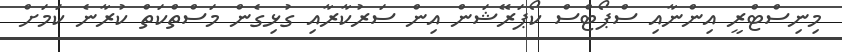
މިނިސްޓްރީ އިންނާއި ސްޕޯޓްސް ކޯޕަރޭޝަން އިން ސަރުކާރާއި ގުޅިގެން މަސްތްކަތް ކުރާނެ ކަމަށް